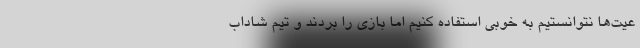
عیت‌ها نتوانستیم به خوبی استفاده کنیم اما بازی را بردند و تیم شاداب